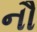
નૌ